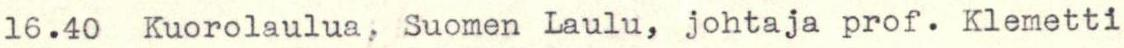
 16.40  Kuorolaulua, Suomen Laulu, johtaja prof. Klemetti